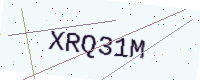
Text: XRQ31M